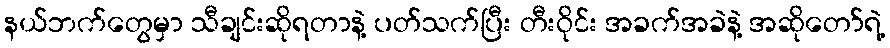
နယ်ဘက်တွေမှာ သီချင်းဆိုရတာနဲ့ ပတ်သက်ပြီး တီးဝိုင်း အခက်အခဲနဲ့ အဆိုတော်ရဲ့